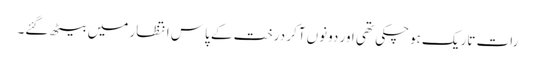
رات تاریک ہوچکی تھی اور دونوں آکر درخت کے پاس انتظار میں بیٹھ گئے۔